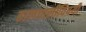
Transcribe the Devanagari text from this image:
हालचालींविषयी